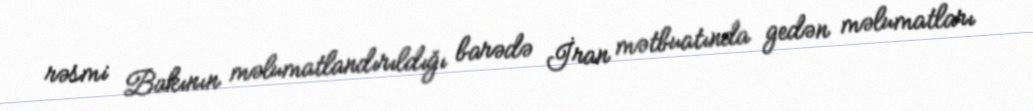
rəsmi Bakının məlumatlandırıldığı barədə İran mətbuatında gedən məlumatları